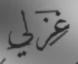
غزلي